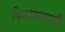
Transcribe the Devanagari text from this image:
विमतिच्छेदनी